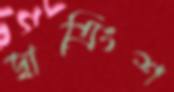
দ্বাত্রিংশ